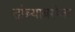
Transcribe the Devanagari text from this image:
तांब्याबरोबर